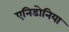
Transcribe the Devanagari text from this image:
एनिडोनिया